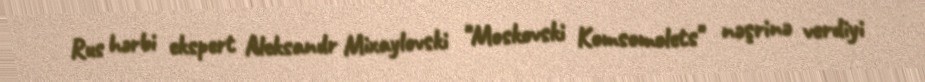
Rus hərbi ekspert Aleksandr Mixaylovski "Moskovski Komsomolets" nəşrinə verdiyi